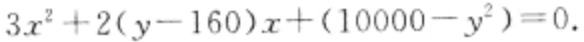
\(3x^{2}+2(y - 160)x+(10000 - y^{2}) = 0.\)